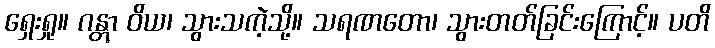
ရှေးရှု။ ဂန္တွာ ဝိယ၊ သွားသကဲ့သို့။ သရဏတော၊ သွားတတ်ခြင်းကြောင့်။ ပတိ